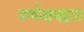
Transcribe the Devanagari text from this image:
वर्णनाबद्दल